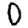
Digit: 0